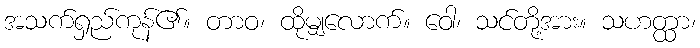
အသက်ရှည်ကုန်၏။ တာဝ၊ ထိုမျှလောက်။ ဝေါ၊ သင်တို့အား။ သဟတ္ထာ၊